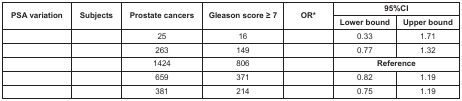
<table><thead><tr><td rowspan="2"><b>PSA variation</b></td><td rowspan="2"><b>Subjects</b></td><td rowspan="2"><b>Prostate cancers</b></td><td rowspan="2"><b>Gleason score ≥ 7</b></td><td rowspan="2"><b>OR<sup>*</sup></b></td><td colspan="2"><b>95%CI</b></td></tr><tr><td><b>Lower bound</b></td><td><b>Upper bound</b></td></tr></thead><tbody><tr><td>[EMPTY_CELL]</td><td>[EMPTY_CELL]</td><td>25</td><td>16</td><td>[EMPTY_CELL]</td><td>0.33</td><td>1.71</td></tr><tr><td>[EMPTY_CELL]</td><td>[EMPTY_CELL]</td><td>263</td><td>149</td><td>[EMPTY_CELL]</td><td>0.77</td><td>1.32</td></tr><tr><td>[EMPTY_CELL]</td><td>[EMPTY_CELL]</td><td>1424</td><td>806</td><td>[EMPTY_CELL]</td><td colspan="2"><b>Reference</b></td></tr><tr><td>[EMPTY_CELL]</td><td>[EMPTY_CELL]</td><td>659</td><td>371</td><td>[EMPTY_CELL]</td><td>0.82</td><td>1.19</td></tr><tr><td>[EMPTY_CELL]</td><td>[EMPTY_CELL]</td><td>381</td><td>214</td><td>[EMPTY_CELL]</td><td>0.75</td><td>1.19</td></tr></tbody></table>